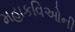
મહાકવિઓની